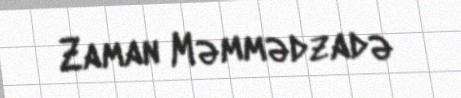
Zaman Məmmədzadə